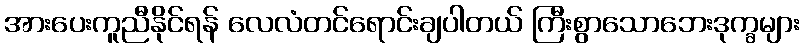
အားပေးကူညီနိုင်ရန် လေလံတင်ရောင်းချပါတယ် ကြီးစွာသောဘေးဒုက္ခများ